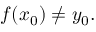
f ( x _ { 0 } ) \neq y _ { 0 } .